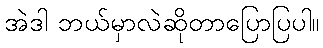
အဲဒါ ဘယ်မှာလဲဆိုတာပြောပြပါ။